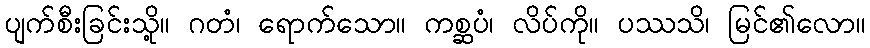
ပျက်စီးခြင်းသို့။ ဂတံ၊ ရောက်သော။ ကစ္ဆပံ၊ လိပ်ကို။ ပဿသိ၊ မြင်၏လော။